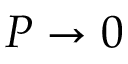
P \to 0